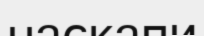
наскапи